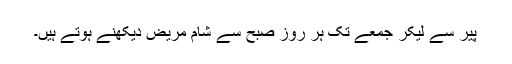
پیر سے لیکر جمعے تک ہر روز صبح سے شام مریض دیکھنے ہوتے ہیں۔